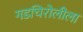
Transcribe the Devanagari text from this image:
गडचिरोलीला